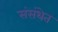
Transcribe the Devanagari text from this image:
संसंथेत